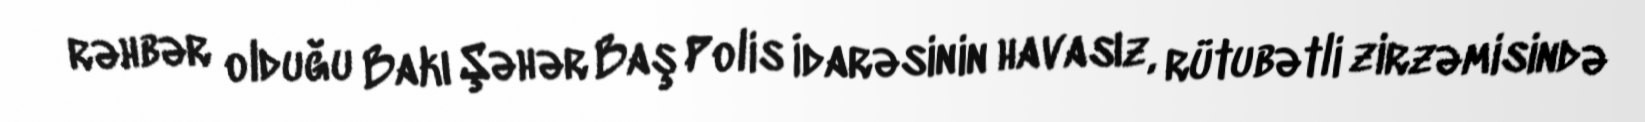
rəhbər olduğu Bakı Şəhər Baş Polis İdarəsinin havasız, rütubətli zirzəmisində